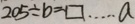
2 0 5 \div b = \square \cdots a